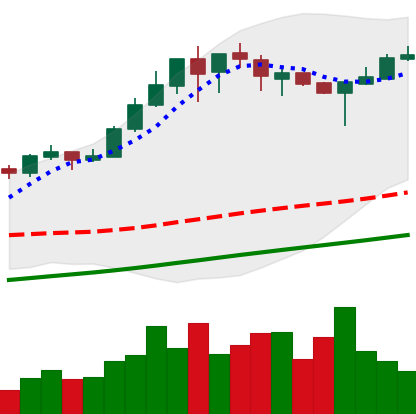
Ticker: BTC-USD
Chart end date: 2017-08-25
Forward return: 4.431%
Label: up_3_5